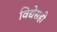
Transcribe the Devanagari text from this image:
विद्येसही